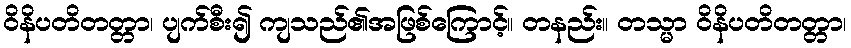
ဝိနိပတိတတ္တာ၊ ပျက်စီး၍ ကျသည်၏အဖြစ်ကြောင့်။ တနည်း။ တသ္မာ ဝိနိပတိတတ္တာ၊